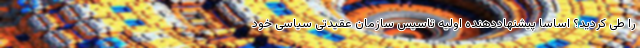
را طی کردید؟ اساساً پیشنهاددهنده اولیه تاسیس سازمان عقیدتی سیاسی خود